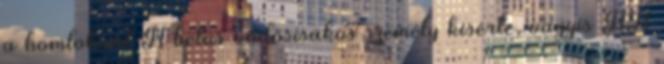
a homloknál H betüs vődősisakos személy kísérte, vagyis HH